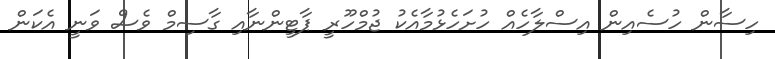
ހިސާން ހުސެއިން އިސްލާހެއް ހުށަހެޅުމާއެކު ޖުމްހޫރީ ޕާޓީންނާއި ގާސިމް ވެސް ވަނީ އެކަން